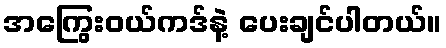
အကြွေးဝယ်ကဒ်နဲ့ ပေးချင်ပါတယ်။